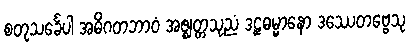
စတုသင်္ခေပါ အဓိဂတဘာဝံ အဇ္ဈတ္တသုညံ ဒဠှဓမ္မာနော ဒဿေတဗ္ဗေသု